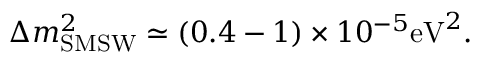
\Delta m _ { \mathrm { { S M S W } } } ^ { 2 } \simeq ( 0 . 4 - 1 ) \times 1 0 ^ { - 5 } \mathrm { e V } ^ { 2 } .